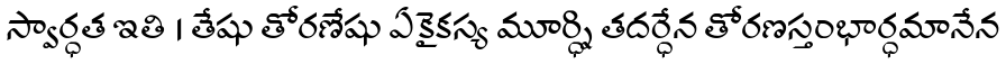
స్వార్ధత ఇతి । తేషు తోరణేషు ఏకైకస్య మూర్ధ్ని తదర్ధేన తోరణస్తంభార్ధమానేన